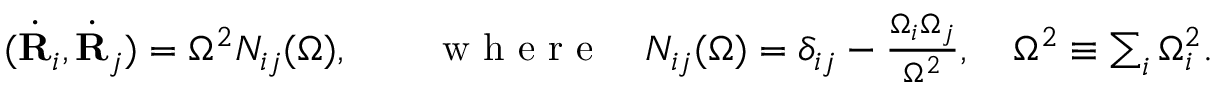
\begin{array} { r } { ( \dot { \bf R } _ { i } , \dot { \bf R } _ { j } ) = \Omega ^ { 2 } N _ { i j } ( \Omega ) , \qquad \mathrm { ~ w ~ h ~ e ~ r ~ e ~ } \quad N _ { i j } ( \Omega ) = \delta _ { i j } - \frac { \Omega _ { i } \Omega _ { j } } { \Omega ^ { 2 } } , \quad \Omega ^ { 2 } \equiv \sum _ { i } \Omega _ { i } ^ { 2 } . } \end{array}